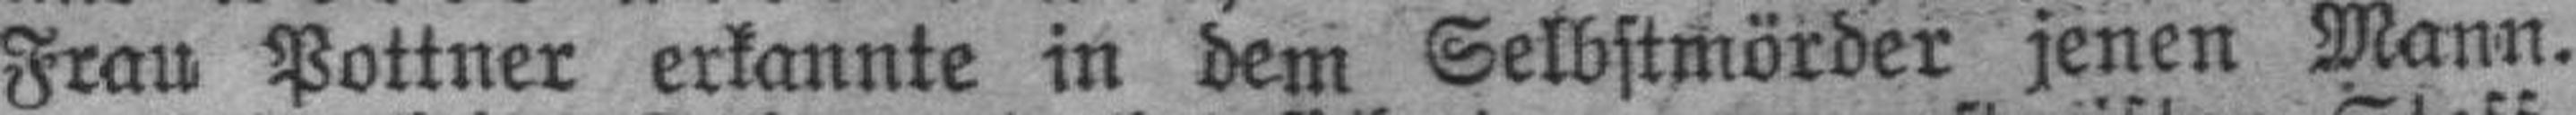
Frau Pottner erkannte in dem Selbstmörder jenen Mann.